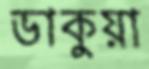
ডাকুয়া